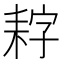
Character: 𮋩